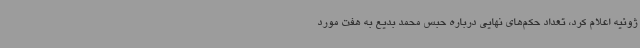
ژوئیه اعلام کرد، تعداد حکم‌های نهایی درباره حبس محمد بدیع به هفت مورد